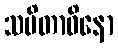
သမိတာဝိနော